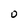
Character: O